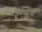
ફૂડસના